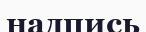
надпись